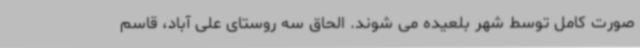
صورت کامل توسط شهر بلعیده می شوند. الحاق سه روستای علی آباد، قاسم